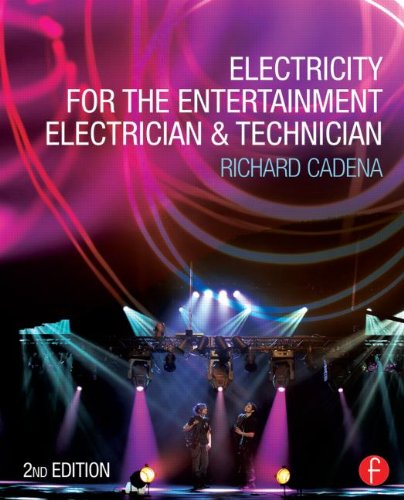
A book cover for Electricity for the Entertainment Electrician & Technician; Richard Cadena; Arts & Photography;